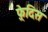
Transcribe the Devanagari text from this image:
फ़्रेदिस